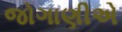
જોગાણીએ